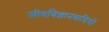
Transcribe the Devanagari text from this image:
जीवविज्ञानवादियों